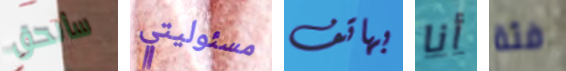
سألحق مسئوليتي بهاتف أنا فئة